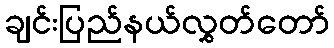
ချင်းပြည်နယ်လွှတ်တော်